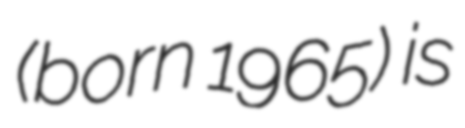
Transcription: (born 1965) is